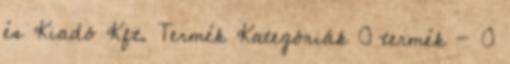
és Kiadó Kft. Termék Kategóriák 0 termék - 0